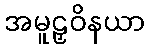
အမူဠှဝိနယာ